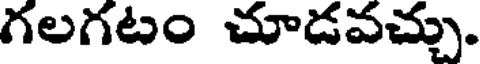
గలగటం చూడవచ్చు.